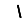
Digit: 1